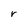
Character: r